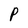
Character: P